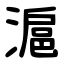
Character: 滬